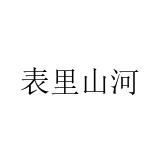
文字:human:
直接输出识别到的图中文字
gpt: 表里山河